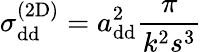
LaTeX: \sigma_{\mathrm{{dd}}}^{(\mathrm{{2D})}}=a_{\mathrm{{dd}}}^{2}\frac{\pi}{k^{2}s^{3}}